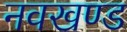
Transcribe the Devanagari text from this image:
नवखण्ड